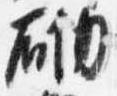
砌